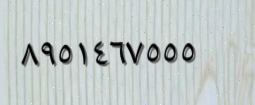
٨٩٥١٤٦٧٥٥٥